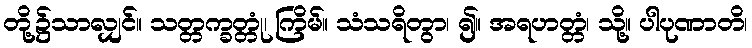
တို့၌သာလျှင်။ သတ္တက္ခတ္တုံ၊ ကြိမ်။ သံသရိတွာ၊ ၍။ အရဟတ္တံ၊ သို့။ ပါပုဏာတိ၊